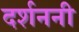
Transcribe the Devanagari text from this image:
दर्शननी